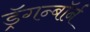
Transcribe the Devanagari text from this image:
ड्रॅगन्बॉर्न